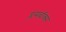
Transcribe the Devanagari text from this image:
प्लसबॉक्स